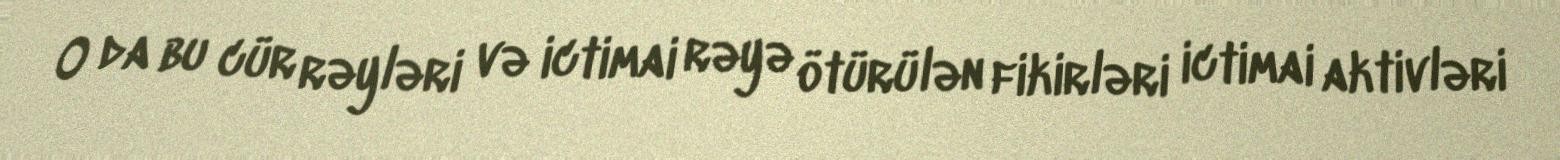
O da bu cür rəyləri və ictimai rəyə ötürülən fikirləri ictimai aktivləri